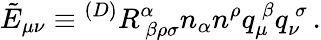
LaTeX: \tilde{E}_{\mu\nu}\equiv{}^{(D)}R_{~\beta\rho\sigma}^{\alpha}n_{\alpha}n^{\rho}q_{\mu}^{~\beta}q_{\nu}^{~\sigma}\, .